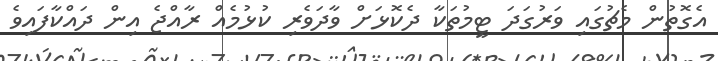
އެގޮތުން މެޗުގައި ވަރުގަދަ ޓީމުތަކާ ދެކޮޅަށް ވާދަވެރި ކުޅުމެއް ރާއްޖެ އިން ދައްކާފައިވެ